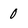
Character: 0